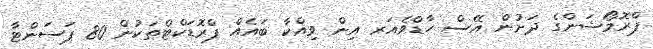
ޕްރޮމޯޝަންގެ ދަށުން އޭސް ހާޑްވެއަރ އިން ވިއްކާ ބައެއް ޕްރޮޑަކްޓްތަކުން 80 ޕަސަންޓާ